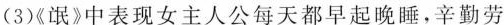
(3)《氓》中表现女主人公每天都早起晚睡，辛勤劳